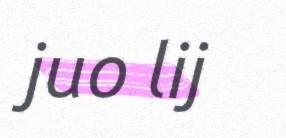
juo lij